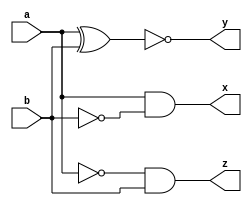
`timescale 1ns / 1ps
//////////////////////////////////////////////////////////////////////////////////
// Company: 
// Engineer: 
// 
// Design Name: 
// Module Name: comparator
// Project Name: 
// Target Devices: 
// Tool Versions: 
// Description: 
// 
// Dependencies: 
// 
// Revision:
// Revision 0.01 - File Created
// Additional Comments:
// 
//////////////////////////////////////////////////////////////////////////////////


module comparator(
    input wire a,b,
    output wire x,y,z
    );
    assign x = a & ~b;
    assign y = ~(a ^ b);
    assign z = ~a & b;
endmodule